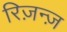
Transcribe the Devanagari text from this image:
रिज़न्ज़